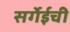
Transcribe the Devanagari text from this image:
सर्गेईची